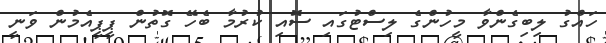
ހައްގު ލިބިގެންވާ މީހުންގެ ލިސްޓުގައި ސޮއި ކުރުމާ ބެހޭ ގޮތުން ޕީޕީއެމުން ވަނީ